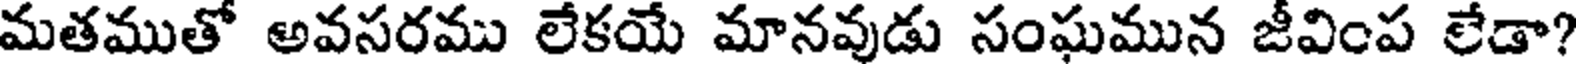
మతముతో అవసరము లేకయే మానవుడు సంఘమున జీవింప లేడా?